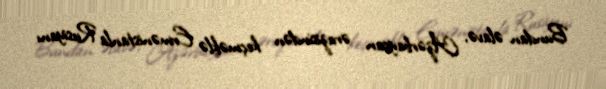
Bundan əlavə, Azərbaycan ərazisindən keçməklə Ermənistanla Rusiyanı